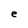
Character: e